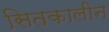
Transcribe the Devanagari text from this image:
सितकालीन